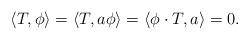
LaTeX: \begin{align*} \langle T, \phi \rangle= \langle T, a\phi \rangle = \langle \phi \cdot T, a\rangle =0.\end{align*}